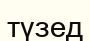
түзед